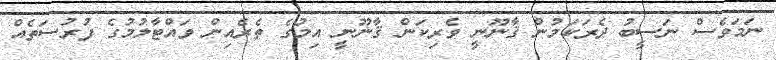
ނަމަވެސް ނަސީބު ދެރަކަމުން ޤާނޫނީ ވެރިކަން ޤާނޫނީ އިމުގެ ތެރެއިން ވައްޓާލުމުގެ ފުރުސަތެއް